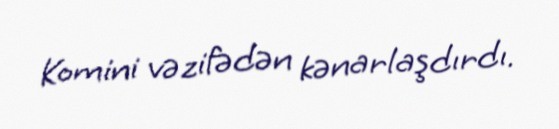
Komini vəzifədən kənarlaşdırdı.